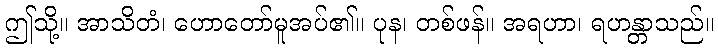
ဤသို့။ အာသိတံ၊ ဟောတော်မူအပ်၏။ ပုန၊ တစ်ဖန်။ အရဟာ၊ ရဟန္တာသည်။